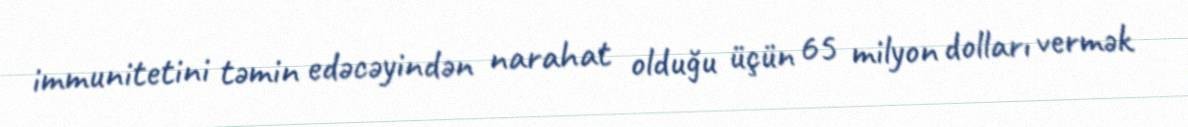
immunitetini təmin edəcəyindən narahat olduğu üçün 65 milyon dolları vermək